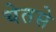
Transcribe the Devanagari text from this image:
येतसे